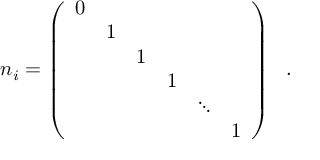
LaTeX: n _ { i } = \left( \begin{array} { c c c c c c } { { 0 } } & { { } } & { { } } & { { } } & { { } } & { { } } \\ { { } } & { { 1 } } & { { } } & { { } } & { { } } & { { } } \\ { { } } & { { } } & { { 1 } } & { { } } & { { } } & { { } } \\ { { } } & { { } } & { { } } & { { 1 } } & { { } } & { { } } \\ { { } } & { { } } & { { } } & { { } } & { { \ddots } } & { { } } \\ { { } } & { { } } & { { } } & { { } } & { { } } & { { 1 } } \end{array} \right) \ \ .